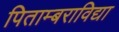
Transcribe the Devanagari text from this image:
पिताम्बराविद्या